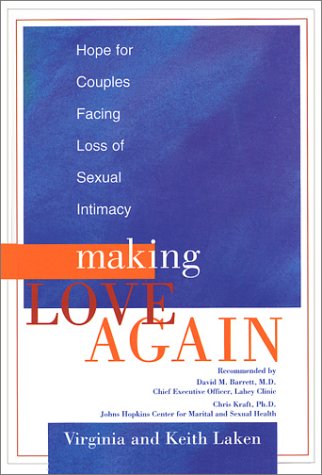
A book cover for Making Love Again: Hope for Couples Facing Loss of Sexual Intimacy; Virginia Laken; Health, Fitness & Dieting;